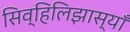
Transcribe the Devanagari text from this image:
सिव्हिलिझास्याँ